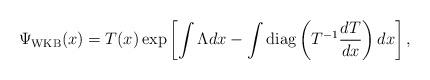
LaTeX: \begin{align*}\Psi_{\rm WKB}(x)=T(x)\exp\left[\int \Lambda dx-\int\operatorname{diag} \left(T^{-1}\frac{dT}{dx}\right)dx\right],\end{align*}